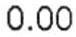
0.00